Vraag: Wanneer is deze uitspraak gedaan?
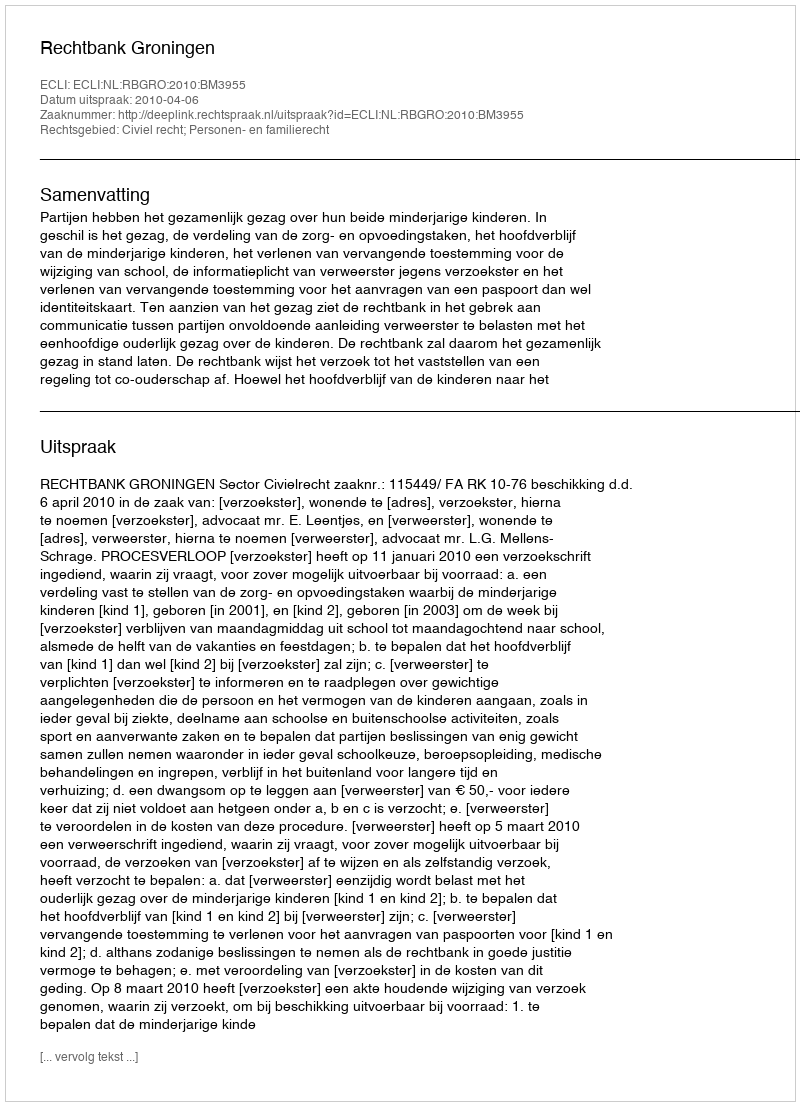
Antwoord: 2010-04-06